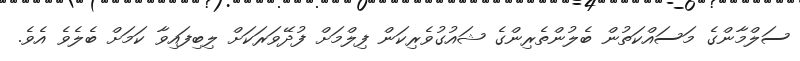
ސަލްމާންގެ މަސައްކަތުން ބެލުންތެރިންގެ ޝައުގުވެރިކަން ފިލްމަށް ފުދޭވަރަކަށް ލިބިފައިވާ ކަމަށް ބެލެވެ އެވެ.